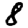
Digit: 8